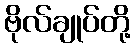
ဗိုလ်ချုပ်တို့